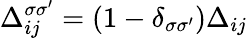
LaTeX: \Delta_{ij}^{\sigma\sigma^{\prime}}=(1-\delta_{\sigma\sigma^{\prime}})\Delta_{ij}